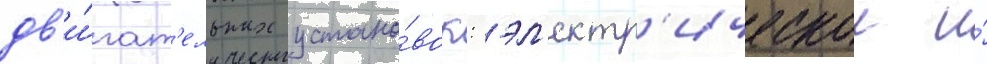
дв'и́гат'ельных устано́вок: эл'ектр'ическои и́